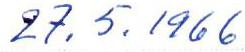
27.5.1966